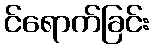
င်ရောက်ခြင်း